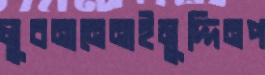
লুবনানেনাইমুদ্দিনপ